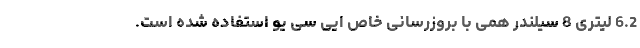
6.2 لیتری 8 سیلندر هِمی با بروزرسانی خاص ایی سی یو استفاده شده است.